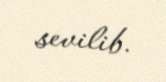
sevilib.